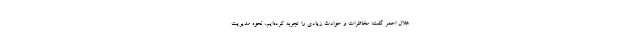
هلال احمر گفت: مخاطرات و حوادث زیادی را تجربه کرده‌ایم، نحوه مدیریت